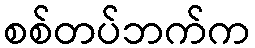
စစ်တပ်ဘက်က